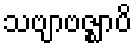
သဗျာဗဇ္ဈာပိ